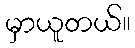
မှာယူတယ်။